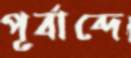
পূর্বাব্দে